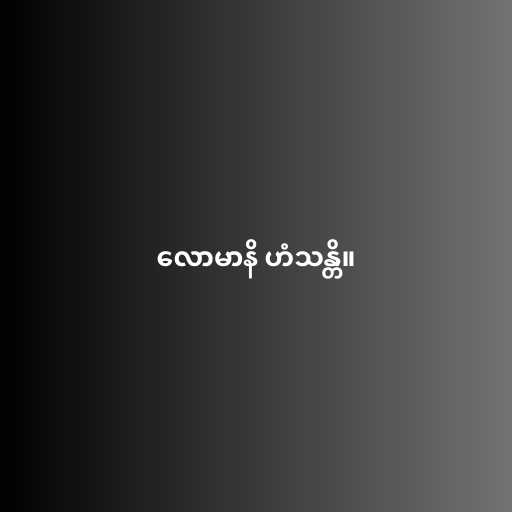
လောမာနိ ဟံသန္တိ။